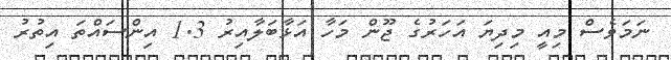
ނަމަވެސް މިއީ މިދިޔަ އަހަރުގެ ޖޫން މަހާ އަޅާބަލާއިރު 1.3 އިންސައްތަ އިތުރު